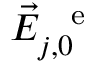
\vec { E } _ { j , 0 } ^ { \mathrm { ~ \, ~ e ~ } }